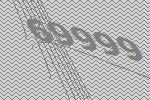
69999